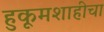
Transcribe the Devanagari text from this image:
हुकूमशाहीचा